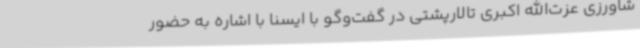
شاورزی عزت‌الله اکبری تالارپشتی در گفت‌وگو با ایسنا با اشاره به حضور